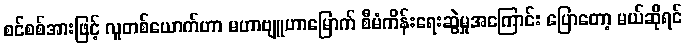
စင်စစ်အားဖြင့် လူတစ်ယောက်ဟာ မဟာဗျူဟာမြောက် စီမံကိန်းရေးဆွဲမှုအကြောင်း ပြောတော့ မယ်ဆိုရင်